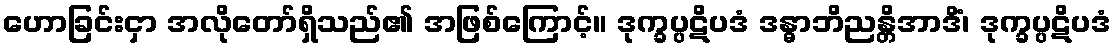
ဟောခြင်းငှာ အလိုတော်ရှိသည်၏ အဖြစ်ကြောင့်။ ဒုက္ခပ္ပဋိပဒံ ဒန္ဓာဘိညန္တိအာဒိံ၊ ဒုက္ခပ္ပဋိပဒံ